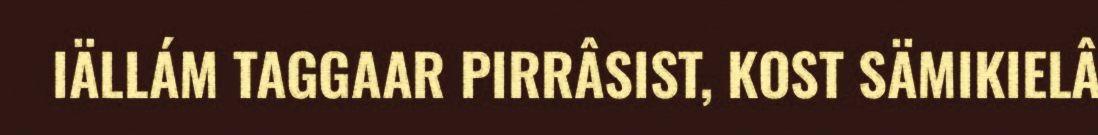
IÄLLÁM TAGGAAR PIRRÂSIST, KOST SÄMIKIELÂ